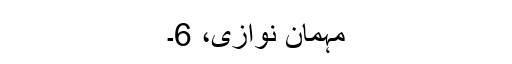
مہمان نوازی، 6۔